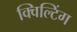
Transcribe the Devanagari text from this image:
क्विल्टिंग